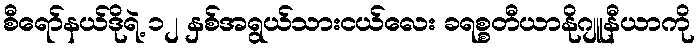
စီရော်နယ်ဒိုရဲ့ ၁၂ နှစ်အရွယ်သားငယ်လေး ခရစ္စတီယာနိုဂျူနီယာကို